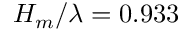
H _ { m } / \lambda = 0 . 9 3 3